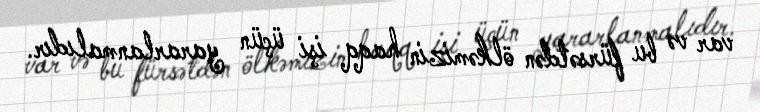
var və bu fürsətdən ölkəmizin haqq işi üçün yararlanmalıdır.